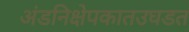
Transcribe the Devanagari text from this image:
अंडनिक्षेपकातउघडत